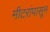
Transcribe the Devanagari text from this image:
मीटरांपासून